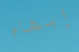
إبهام